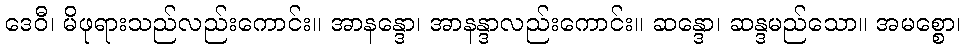
ဒေဝီ၊ မိဖုရားသည်လည်းကောင်း။ အာနန္ဒော၊ အာနန္ဒာလည်းကောင်း။ ဆန္ဒော၊ ဆန္ဒမည်သော။ အမစ္စော၊